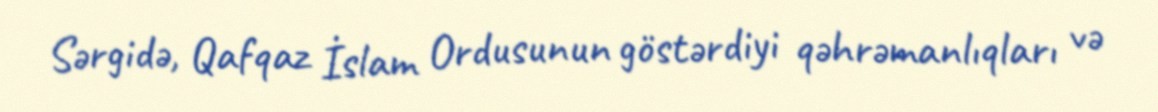
Sərgidə, Qafqaz İslam Ordusunun göstərdiyi qəhrəmanlıqları və